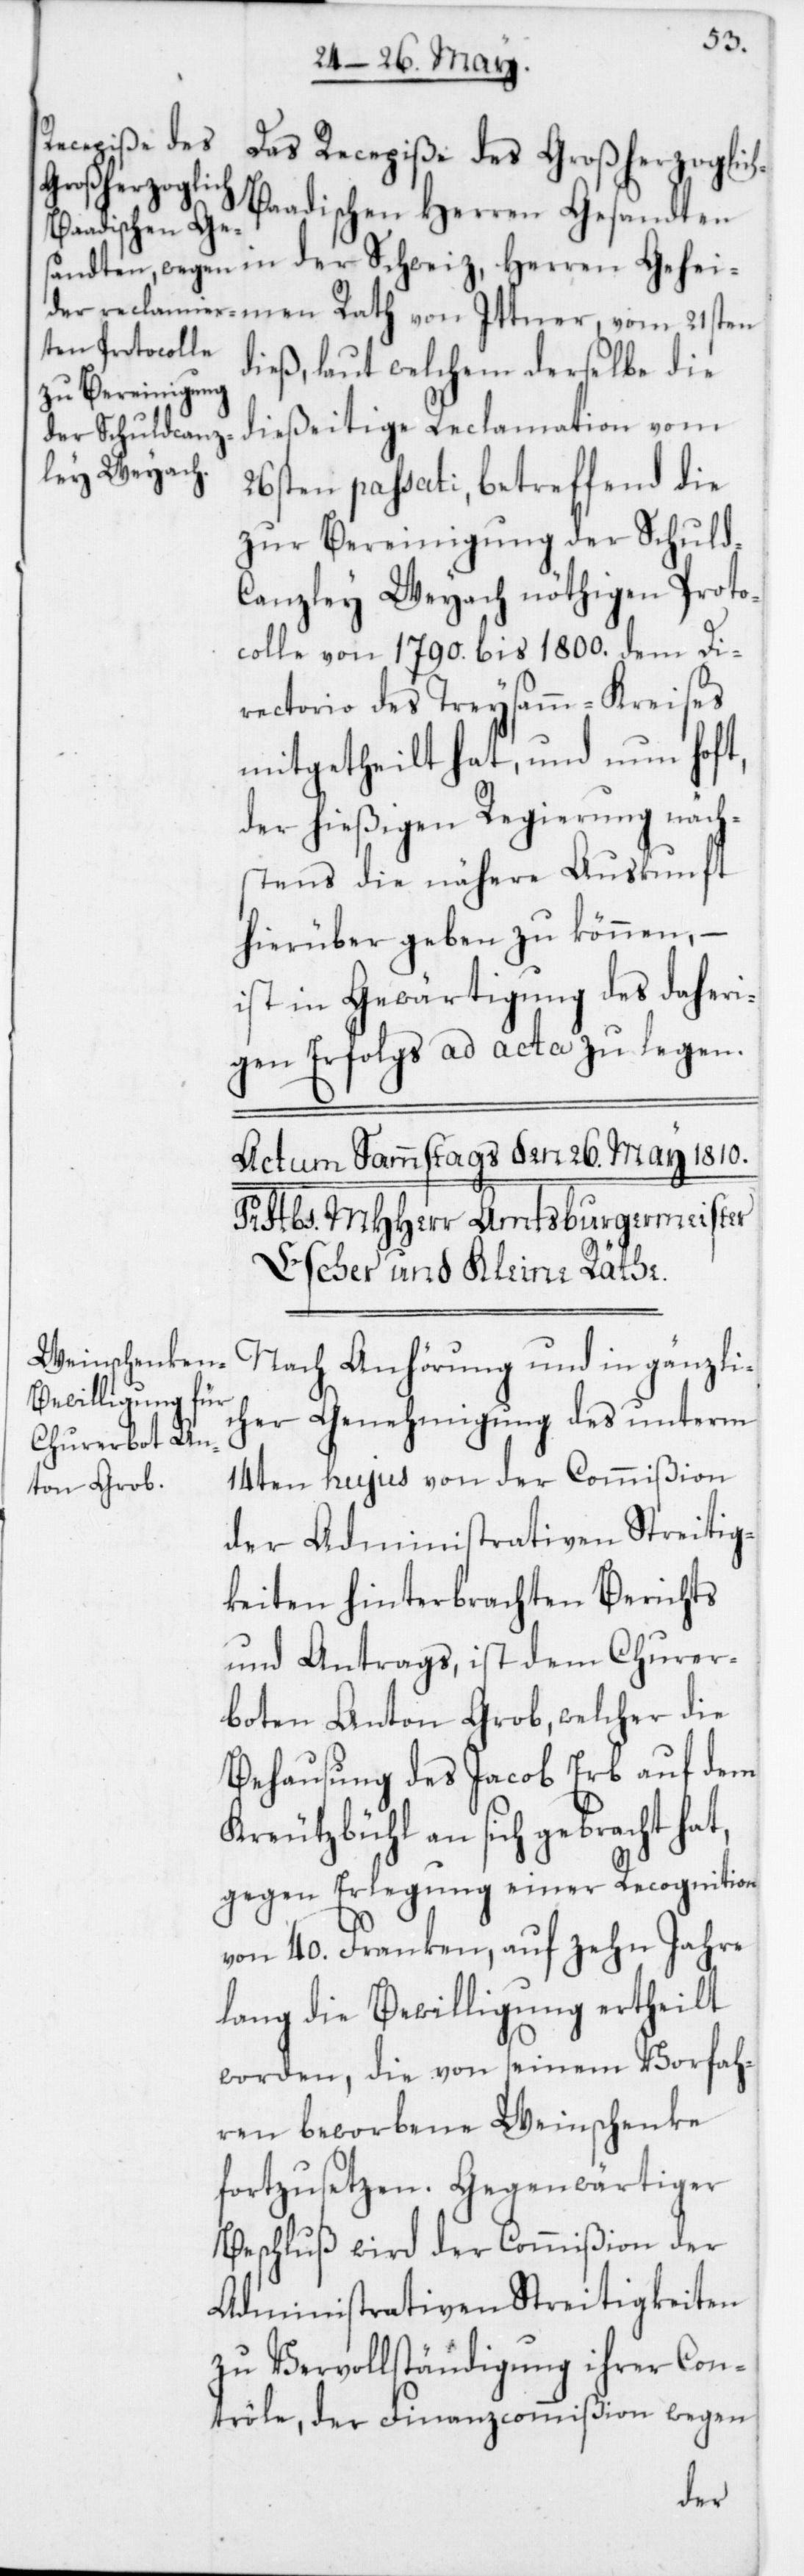
Das Recepiße des Großherzoglic¬
h-Baadischen Herren Gesandten
in der Schweiz, Herren Gehei¬
dieß, laut welchem derselbe die
dießeitige Reclamation vom
26sten passati, betreffend die
zur Bereinigung der Schuld-C¬
anzley Weyach nöthigen Proto¬
colle von 1790 bis 1800 dem Di¬
rectorio des Treysamm-Kreises
mitgetheilt hat, und nun hoft,
der hießigen Regierung näch¬
stens die nähere Auskunft
hierüber geben zu können, –
ist in Gewärtigung des daheri¬
gen Erfolgs ad acta zu legen.
Nach Anhörung und in gänzli¬
cher Genehmigung des unterm
14ten hujus von der Commißion
der Administrativen Streitig¬
keiten hinterbrachten Berichts
und Antrags, ist dem Churer¬
boten Anton Grob, welcher die
Behausung des Jacob Erb auf dem
Kreuzbühl an sich gebracht hat,
gegen Erlegung einer Recognition
von 40 Franken, auf zehn Jahre
lang die Bewilligung ertheilt
worden, die von seinem Vorfah¬
ren beworbene Weinschenke
fortzusetzen. Gegenwärtiger
Beschluß wird der Commißion der
Administrativen Streitigkeiten
zu Vervollständigung ihrer Con¬
trôle, der Finanzcommißion wegen
men